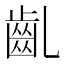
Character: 齓